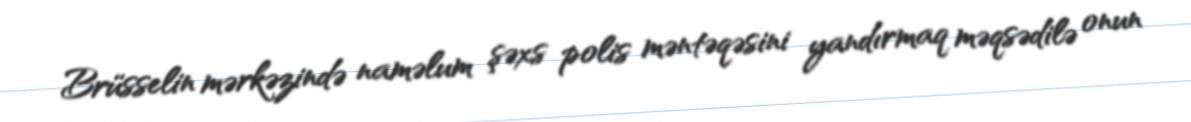
Brüsselin mərkəzində naməlum şəxs polis məntəqəsini yandırmaq məqsədilə onun